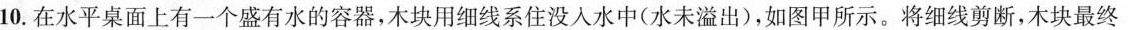
10.在水平桌面上有一个盛有水的容器，木块用细线系住没入水中(水未溢出)，如图甲所示。将细线剪断，木块最终